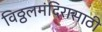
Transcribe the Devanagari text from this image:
विठ्ठलमंदिरासाठी